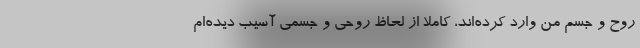
روح و جسم من وارد کرده‌اند، کاملا از لحاظ روحی و جسمی آسیب دیده‌ام